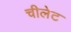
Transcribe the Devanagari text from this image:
चीलेट